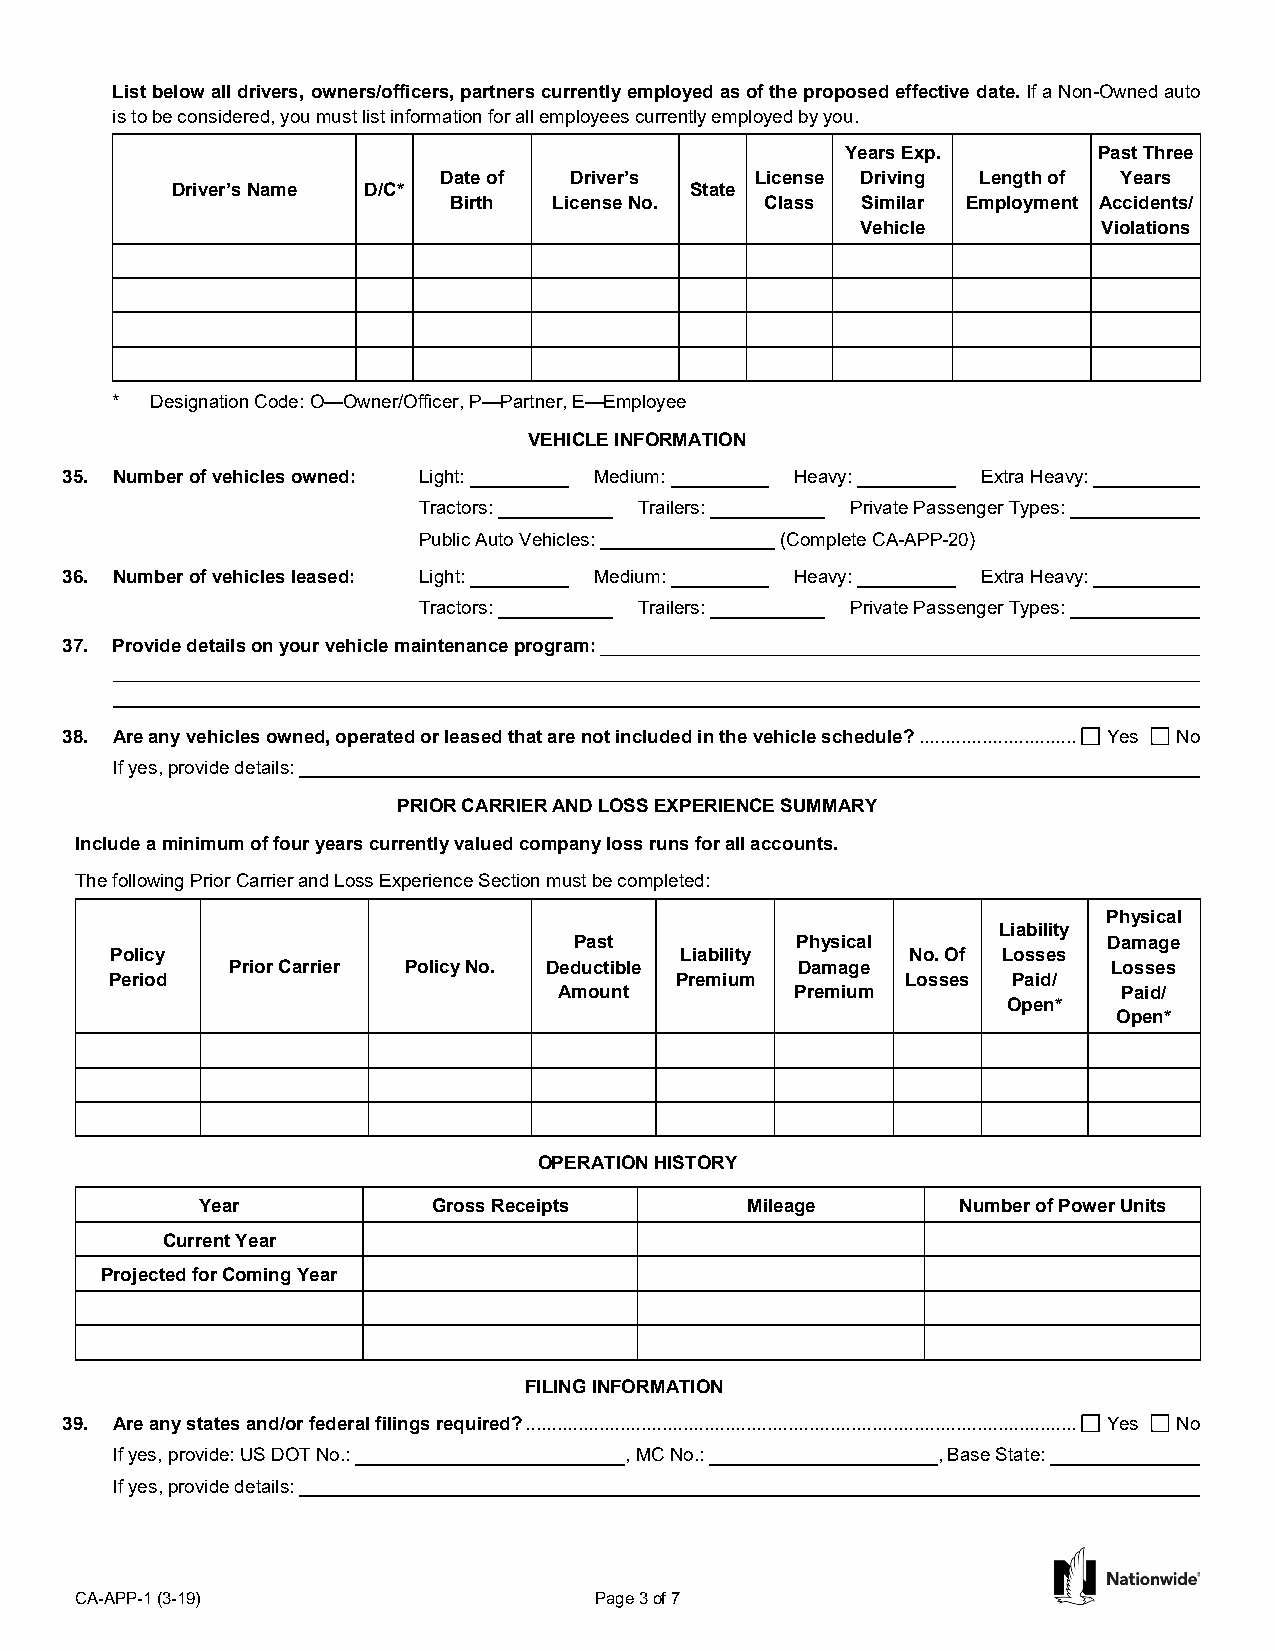
List below all drivers, owners/officers, partners currently employed as of the proposed effective date. If a Non-Owned auto
 is to be considered, you must list information for all employees currently employed by you.
 Years Exp.       Past Three
 Date of  Driver’s    License Driving Length of Years
 Driver’s Name D/C*                 State
 Birth  License No.   Class Similar Employment Accidents/
 Vehicle         Violations
 *  Designation Code: O—Owner/Officer, P—Partner, E—Employee
 VEHICLE INFORMATION
 35. Number of vehicles owned: Light: Medium:     Heavy:      Extra Heavy:
 Tractors:     Trailers:     Private Passenger Types:
 Public Auto Vehicles:   (Complete CA-APP-20)
 36. Number of vehicles leased: Light: Medium:    Heavy:      Extra Heavy:
 Tractors:     Trailers:     Private Passenger Types:
 37. Provide details on your vehicle maintenance program:
 38. Are any vehicles owned, operated or leased that are not included in the vehicle schedule? .............................. Yes No
 If yes, provide details:
 PRIOR CARRIER AND LOSS EXPERIENCE SUMMARY
 Include a minimum of four years currently valued company loss runs for all accounts.
 The following Prior Carrier and Loss Experience Section must be completed:
 Physical
 Liability
 Past           Physical            Damage
 Policy                                Liability      No. Of Losses
 Prior Carrier Policy No. Deductible   Damage               Losses
 Period                                Premium        Losses Paid/
 Amount          Premium              Paid/
 Open*
 Open*
 OPERATION HISTORY
 Year            Gross Receipts      Mileage        Number of Power Units
 Current Year
 Projected for Coming Year
 FILING INFORMATION
 39. Are any states and/or federal filings required? ......................................................................................................... Yes No
 If yes, provide: US DOT No.:      , MC No.:            , Base State:
 If yes, provide details:
 CA-APP-1 (3-19)                   Page 3 of 7